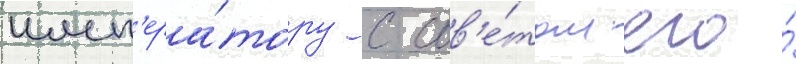
имп'ера́тору с сов'е́том его́